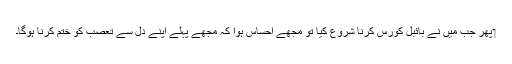
‏ پھر جب مَیں نے بائبل کورس کرنا شروع کِیا تو مجھے احساس ہوا کہ مجھے پہلے اپنے دل سے تعصب کو ختم کرنا ہوگا۔